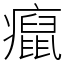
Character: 癙